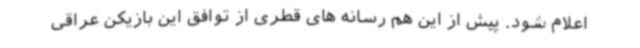
اعلام شود. پیش از این هم رسانه های قطری از توافق این بازیکن عراقی